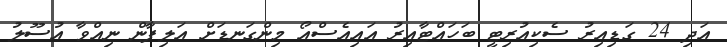
އަދި 24 ގަޑިއިރު ސެކިއުރިޓީ ބަހައްޓާއިރު އައިއެސްއޯ މިންގަނޑަށް އަލިފާން ނިއްވާ އުސޫލު